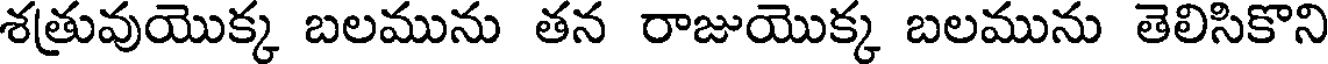
శత్రువుయొక్క బలమును తన రాజుయొక్క బలమును తెలిసికొని